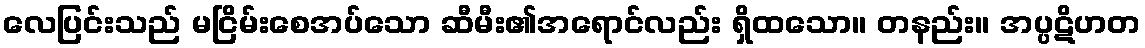
လေပြင်းသည် မငြိမ်းစေအပ်သော ဆီမီး၏အရောင်လည်း ရှိထသော။ တနည်း။ အပ္ပဋိဟတ